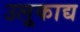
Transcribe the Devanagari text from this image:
उलूकाद्य